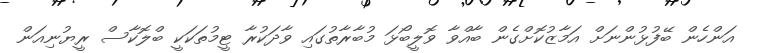
އަންހެން ބޭފުޅުންނަށް އަމާޒުކޮށްގެން ބާއްވާ ވޮލީބޯޅަ މުބާރާތުގައި ވާދަކުރާ ޓީމުތަކަކީ ބްލޮކާސް ރީޔުނިއަން